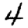
Digit: 4